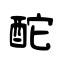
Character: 酡